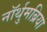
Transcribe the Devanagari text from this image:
नॉर्थुमब्रिया